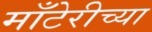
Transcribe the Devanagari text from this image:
माँटेरीच्या